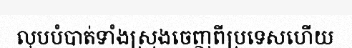
លុបបំបាត់ទាំងស្រុងចេញពីប្រទេសហើយ